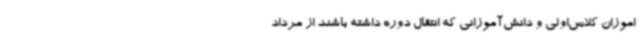
اموزان کلاس‌اولی و دانش‌آموزانی که انتقال دوره داشته باشند از مرداد